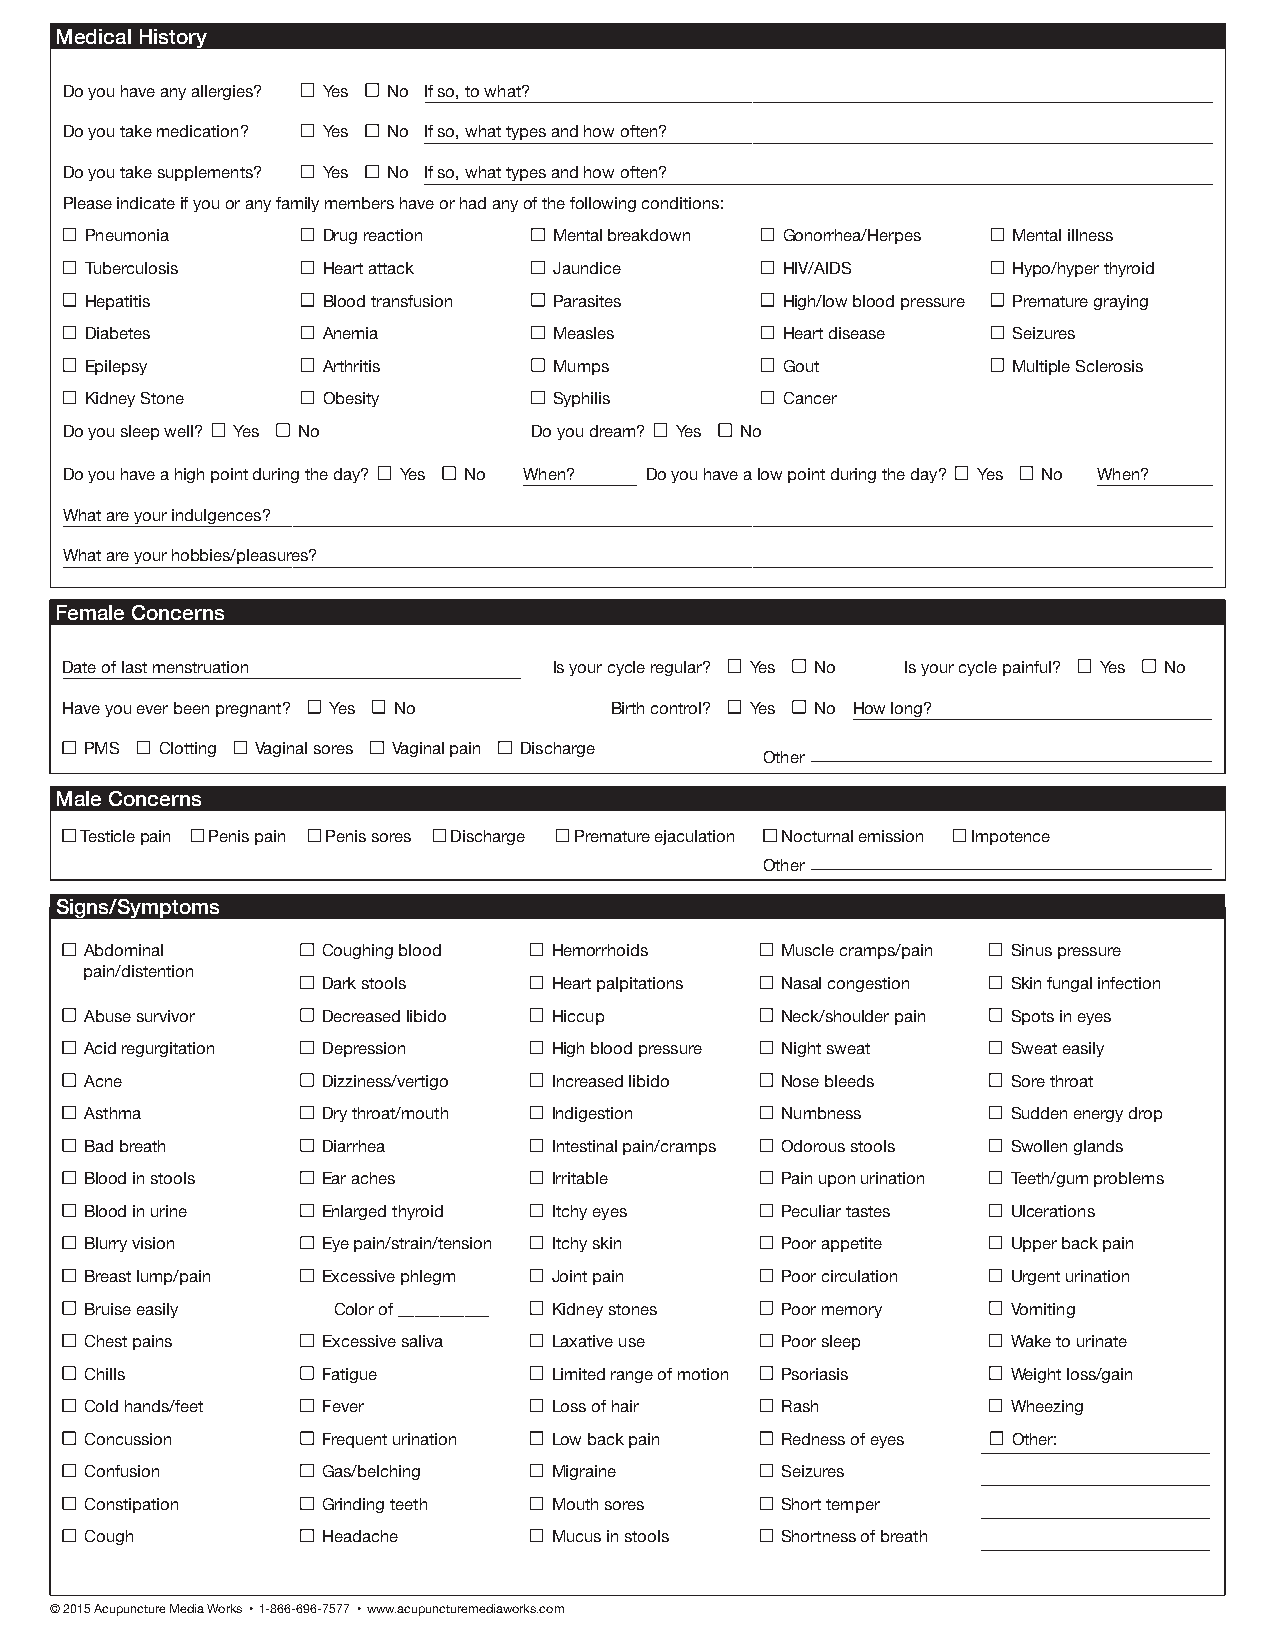
Medical History
 Do you have any allergies? Yes No If so, to what?
 Do you take medication? Yes No If so, what types and how often?
 Do you take supplements? Yes No If so, what types and how often?
 Please indicate if you or any family members have or had any of the following conditions:
 Pneumonia      Drug reaction   Mental breakdown Gonorrhea/Herpes Mental illness
 Tuberculosis   Heart attack    Jaundice       HIV/AIDS       Hypo/hyper thyroid
 Hepatitis      Blood transfusion Parasites    High/low blood pressure Premature graying
 Diabetes       Anemia          Measles        Heart disease  Seizures
 Epilepsy       Arthritis       Mumps          Gout           Multiple Sclerosis
 Kidney Stone   Obesity         Syphilis       Cancer
 Do you sleep well? Yes No      Do you dream? Yes No
 Do you have a high point during the day? Yes No When? Do you have a low point during the day? Yes No When?
 What are your indulgences?
 What are your hobbies/pleasures?
 Female Concerns
 Date of last menstruation        Is your cycle regular? Yes No Is your cycle painful? Yes No
 Have you ever been pregnant? Yes No Birth control? Yes No How long?
 PMS Clotting Vaginal sores Vaginal pain Discharge
 Other
 Male Concerns
 Testicle pain Penis pain Penis sores Discharge Premature ejaculation Nocturnal emission Impotence
 Other
 Signs/Symptoms
 Abdominal      Coughing blood  Hemorrhoids    Muscle cramps/pain Sinus pressure
 pain/distention
 Dark stools     Heart palpitations Nasal congestion Skin fungal infection
 Abuse survivor Decreased libido Hiccup        Neck/shoulder pain Spots in eyes
 Acid regurgitation Depression  High blood pressure Night sweat Sweat easily
 Acne           Dizziness/vertigo Increased libido Nose bleeds Sore throat
 Asthma         Dry throat/mouth Indigestion   Numbness       Sudden energy drop
 Bad breath     Diarrhea        Intestinal pain/cramps Odorous stools Swollen glands
 Blood in stools Ear aches      Irritable      Pain upon urination Teeth/gum problems
 Blood in urine Enlarged thyroid Itchy eyes    Peculiar tastes Ulcerations
 Blurry vision  Eye pain/strain/tension Itchy skin Poor appetite Upper back pain
 Breast lump/pain Excessive phlegm Joint pain  Poor circulation Urgent urination
 Bruise easily   Color of ___________ Kidney stones Poor memory Vomiting
 Chest pains    Excessive saliva Laxative use  Poor sleep     Wake to urinate
 Chills         Fatigue         Limited range of motion Psoriasis Weight loss/gain
 Cold hands/feet Fever          Loss of hair   Rash           Wheezing
 Concussion     Frequent urination Low back pain Redness of eyes Other:
 Confusion      Gas/belching    Migraine       Seizures
 Constipation   Grinding teeth  Mouth sores    Short temper
 Cough          Headache        Mucus in stools Shortness of breath
 © 2015 Acupuncture Media Works • 1-866-696-7577 • www.acupuncturemediaworks.com